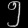
Digit: ၅